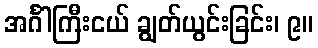
အင်္ဂါကြီးငယ် ချွတ်ယွင်းခြင်း၊ ၉။